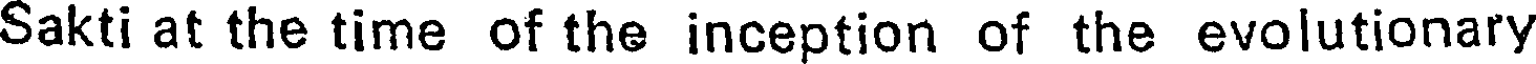
Sakti at the time of the inception of the evolutionary